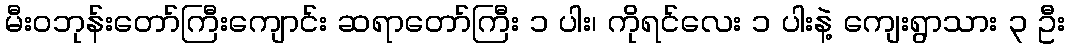
မီးဝဘုန်းတော်ကြီးကျောင်း ဆရာတော်ကြီး ၁ ပါး၊ ကိုရင်လေး ၁ ပါးနဲ့ ကျေးရွာသား ၃ ဦး